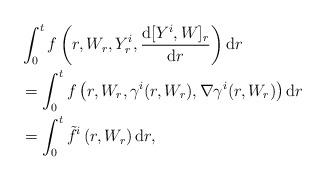
LaTeX: \begin{align*} &\int_0^t f\left (r, W_r, Y^i_r, \frac{\mathrm d[Y^i,W]_r}{\mathrm dr}\right) \mathrm dr \\&= \int_0^t f\left (r, W_r, \gamma^i(r,W_r), \nabla \gamma^i(r,W_r) \right) \mathrm dr \\&= \int_0^t \tilde f^i\left (r, W_r \right) \mathrm dr ,\end{align*}